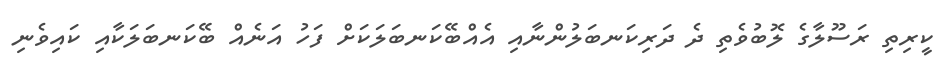
ކީރިތި ރަސޫލާގެ ލޮބުވެތި ދެ ދަރިކަނބަލުންނާއި އެއްބޭކަނބަލަކަށް ފަހު އަނެއް ބޭކަނބަލަކާއި ކައިވެނި